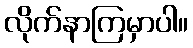
လိုက်နာကြမှာပါ။